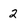
Character: 2